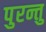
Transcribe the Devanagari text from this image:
पुरन्तु